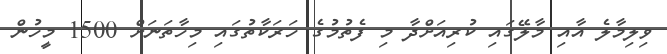
ވިލިމާލެ އާއި މާލޭގައި ކުރިއަށްދާ މި ފެތުމުގެ ހަރަކާތުގައި މިހާތަނަށް 1500 މީހުން